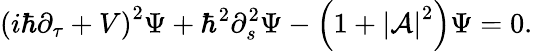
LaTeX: {\left(i\hbar\partial_{\tau}+V\right)}^{2}\Psi+\hbar^{2}\partial_{s}^{2}\Psi-{\left(1+{\left|{\cal A}\right|}^{2}\right)}\Psi=0.